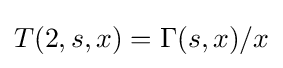
T(2,s,x)=\Gamma (s,x)/x